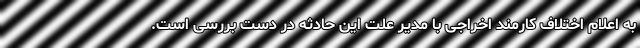
به اعلام اختلاف کارمند اخراجی با مدیر علت این حادثه در دست بررسی است.